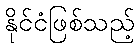
နိုင်ငံဖြစ်သည့်